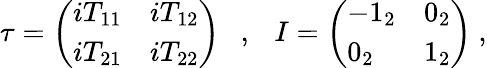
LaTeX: \tau=\left(\begin{array}{ll}{{iT_{11}}}&{{iT_{12}}}\\ {{iT_{21}}}&{{iT_{22}}}\end{array}\right)~~~,~~~I=\left(\begin{array}{ll}{{-1_{2}}}&{{0_{2}}}\\ {{0_{2}}}&{{1_{2}}}\end{array}\right)~,